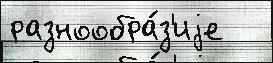
разнообра́з'иjе